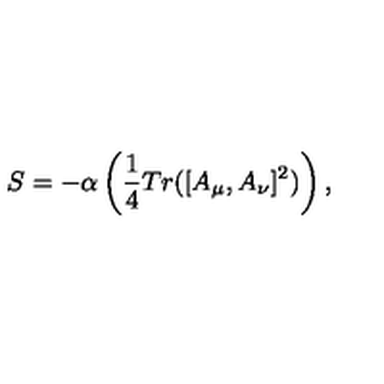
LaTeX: S = - \alpha \left( \frac { 1 } { 4 } T r ( [ A _ { \mu } , A _ { \nu } ] ^ { 2 } ) \right) ,